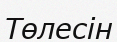
Төлесін